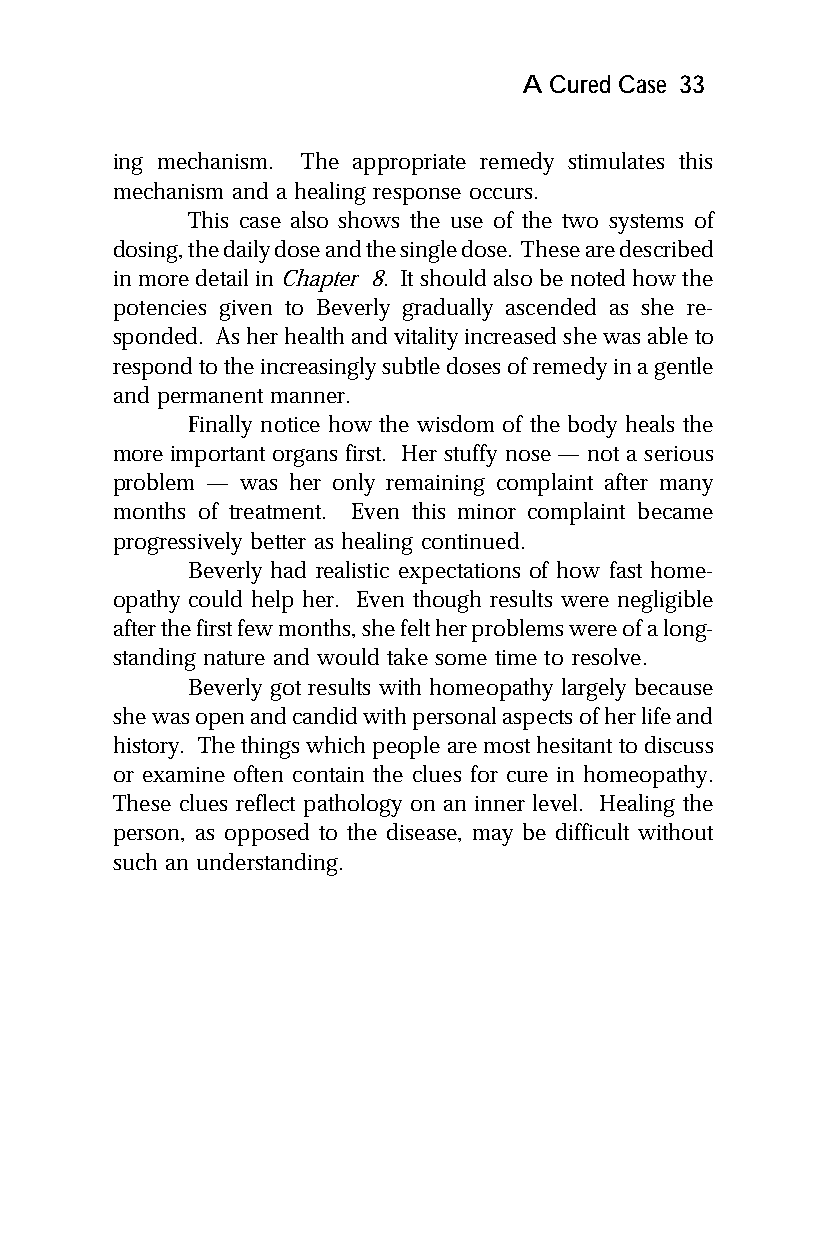
A Cured Case 33
 ing mechanism. The appropriate remedy stimulates this
 mechanism and a healing response occurs.
 This case also shows the use of the two systems of
 dosing, the daily dose and the single dose. These are described
 in more detail in Chapter 8. It should also be noted how the
 potencies given to Beverly gradually ascended as she re-
 sponded. As her health and vitality increased she was able to
 respond to the increasingly subtle doses of remedy in a gentle
 and permanent manner.
 Finally notice how the wisdom of the body heals the
 more important organs first. Her stuffy nose — not a serious
 problem — was her only remaining complaint after many
 months of treatment. Even this minor complaint became
 progressively better as healing continued.
 Beverly had realistic expectations of how fast home-
 opathy could help her. Even though results were negligible
 after the first few months, she felt her problems were of a long-
 standing nature and would take some time to resolve.
 Beverly got results with homeopathy largely because
 she was open and candid with personal aspects of her life and
 history. The things which people are most hesitant to discuss
 or examine often contain the clues for cure in homeopathy.
 These clues reflect pathology on an inner level. Healing the
 person, as opposed to the disease, may be difficult without
 such an understanding.